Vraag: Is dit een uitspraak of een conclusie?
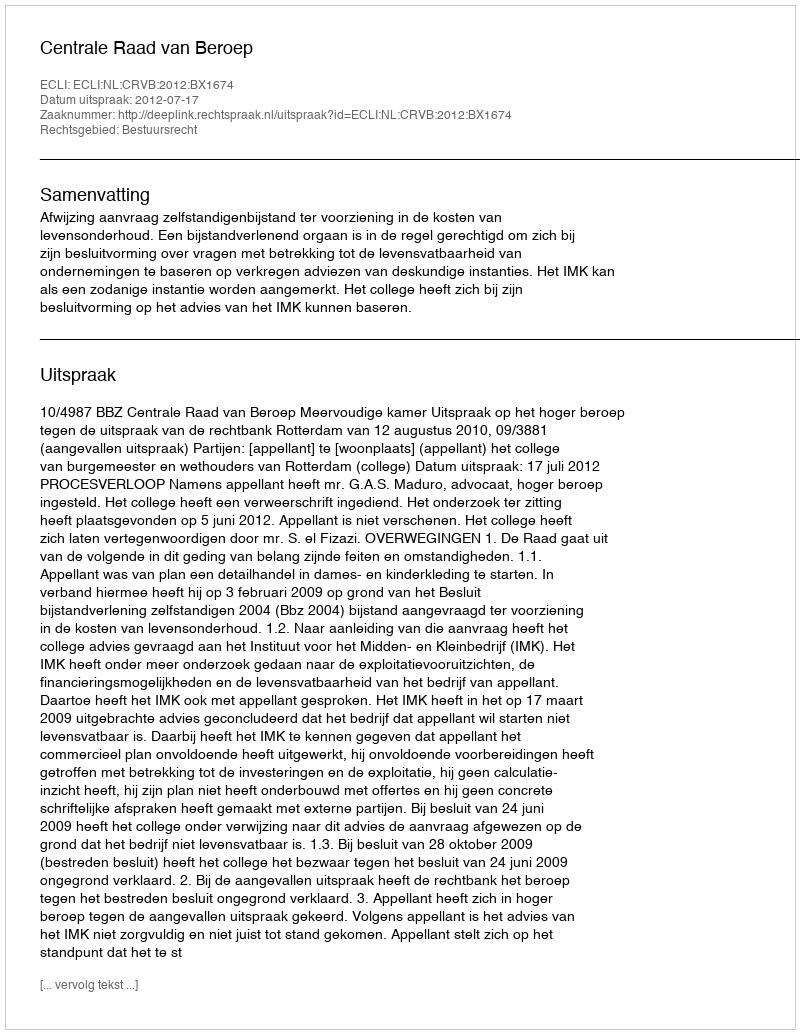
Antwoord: Uitspraak